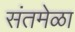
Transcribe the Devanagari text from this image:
संतमेळा